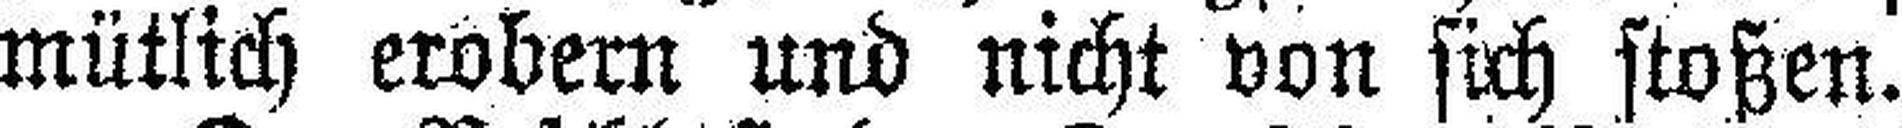
mütlich erobern und nicht von sich stoßen.